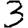
Digit: 3